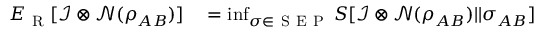
\begin{array} { r l } { E _ { \mathrm { ~ R ~ } } [ \mathcal { I } \otimes \mathcal { N } ( \rho _ { A B } ) ] } & { { } = \operatorname* { i n f } _ { \sigma \in \mathrm { ~ S ~ E ~ P ~ } } S [ \mathcal { I } \otimes \mathcal { N } ( \rho _ { A B } ) | | \sigma _ { A B } ] } \end{array}